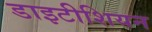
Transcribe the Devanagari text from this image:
डाइटीशियन